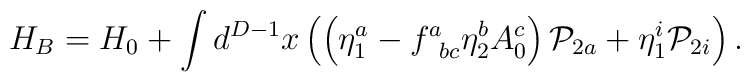
H_B=H_0+\int d^{D-1}x\left( \left( \eta _1^a-f_{\;\;bc}^a\eta_2^bA_0^c\right) {\cal P}_{2a}+\eta _1^i{\cal P}_{2i}\right) .